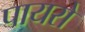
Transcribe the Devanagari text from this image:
पायरो